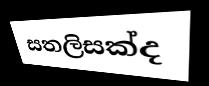
සතලිසක්ද